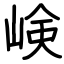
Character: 𡸴